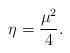
LaTeX: \begin{align*}\eta= \frac{\mu^{2}}{4}.\end{align*}